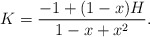
\begin{align*} K = \dfrac{-1+(1-x)H}{1-x+x^2}. \end{align*}